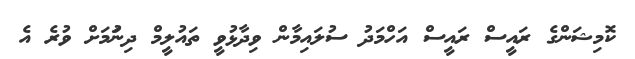
ކޮމިޝަންގެ ރައީސް ރައީސް އަހްމަދު ސުލައިމާން ވިދާޅުވީ ތައުލީމް ދިނުަމަށް ވުރެ އެ